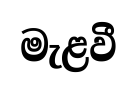
මැළවී